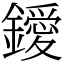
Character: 鑀